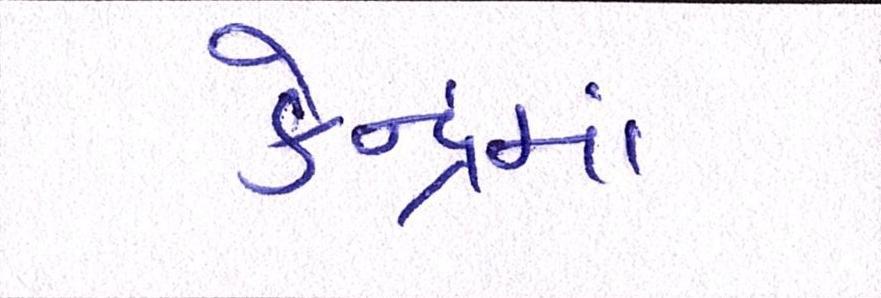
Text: કેન્દ્રમાં